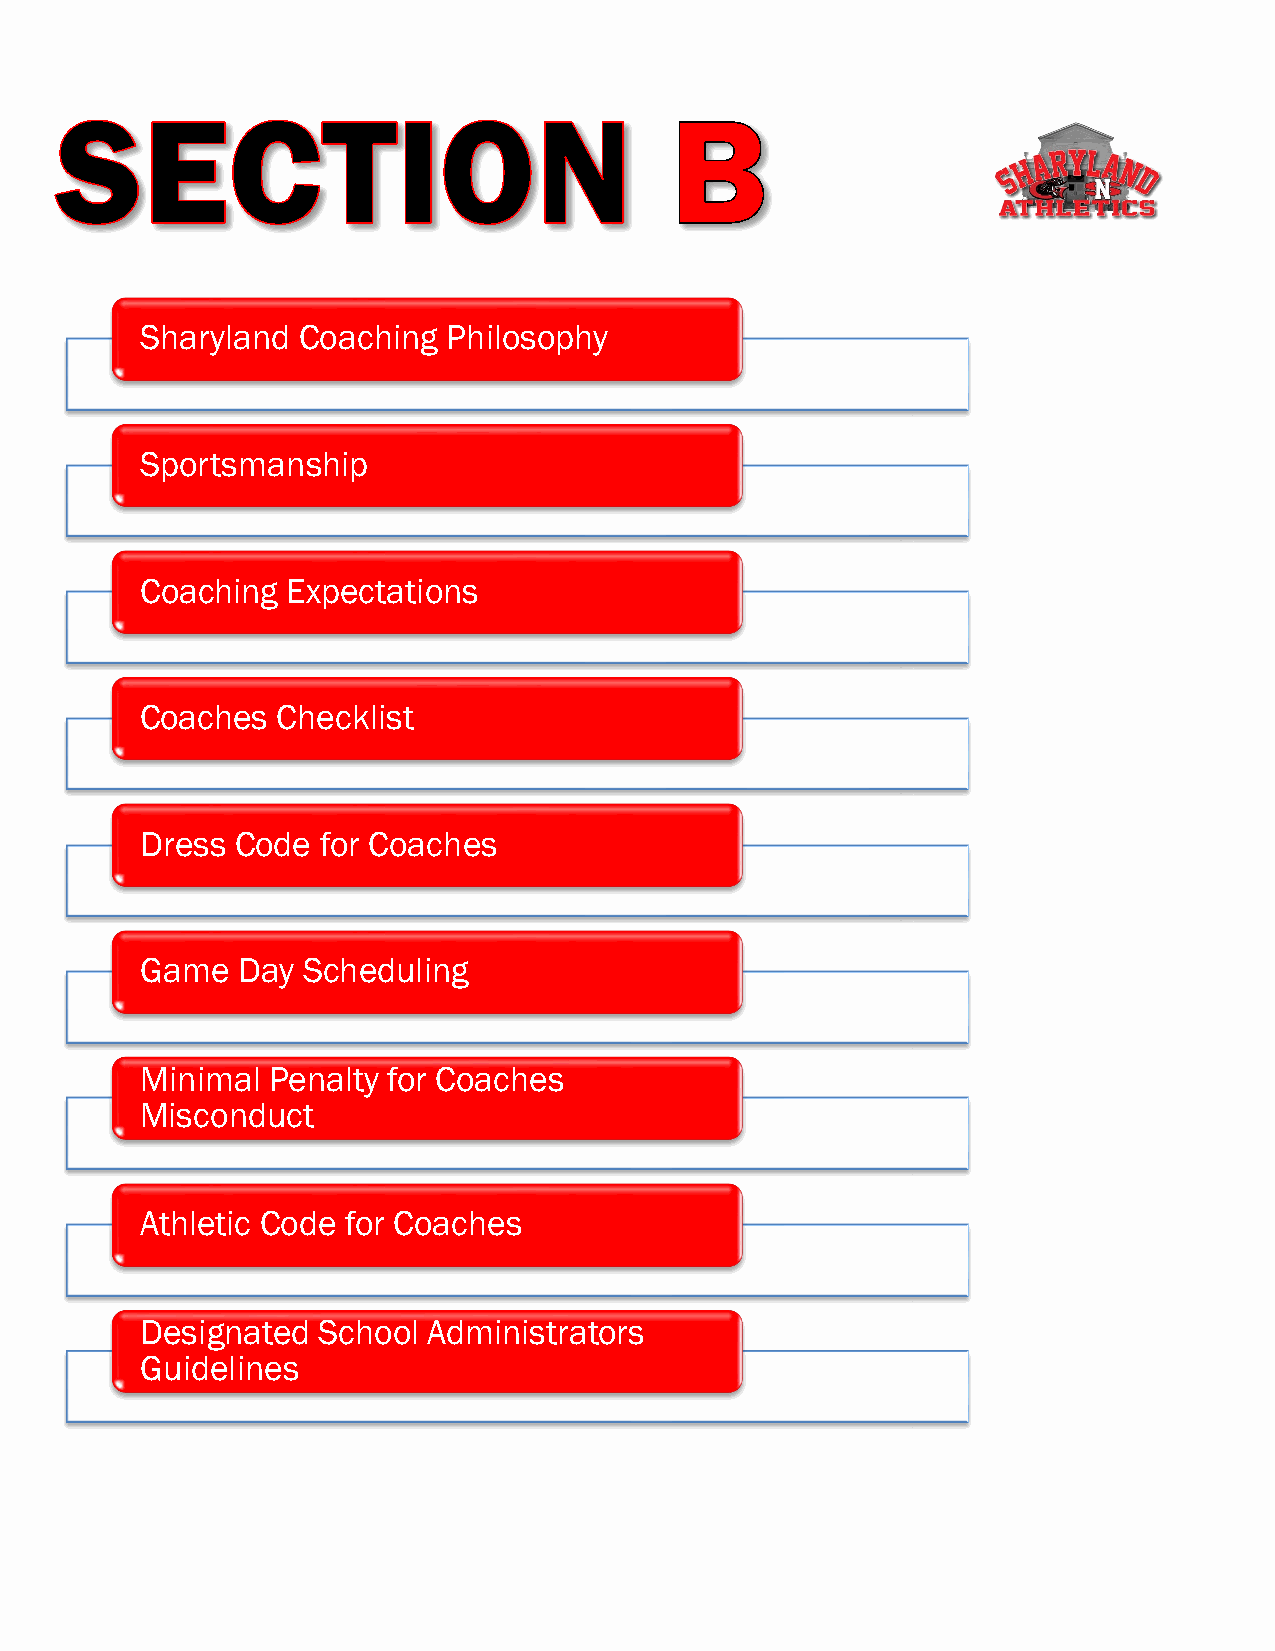
Sharyland  Coaching  Philosophy
 Sportsmanship
 Coaching  Expectations
 Coaches  Checklist
 Dress  Code for Coaches
 Game   Day Scheduling
 Minimal  Penalty for Coaches
 Misconduct
 Athletic Code for Coaches
 Designated  School Administrators
 Guidelines